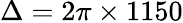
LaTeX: \Delta=2\pi\times 1150